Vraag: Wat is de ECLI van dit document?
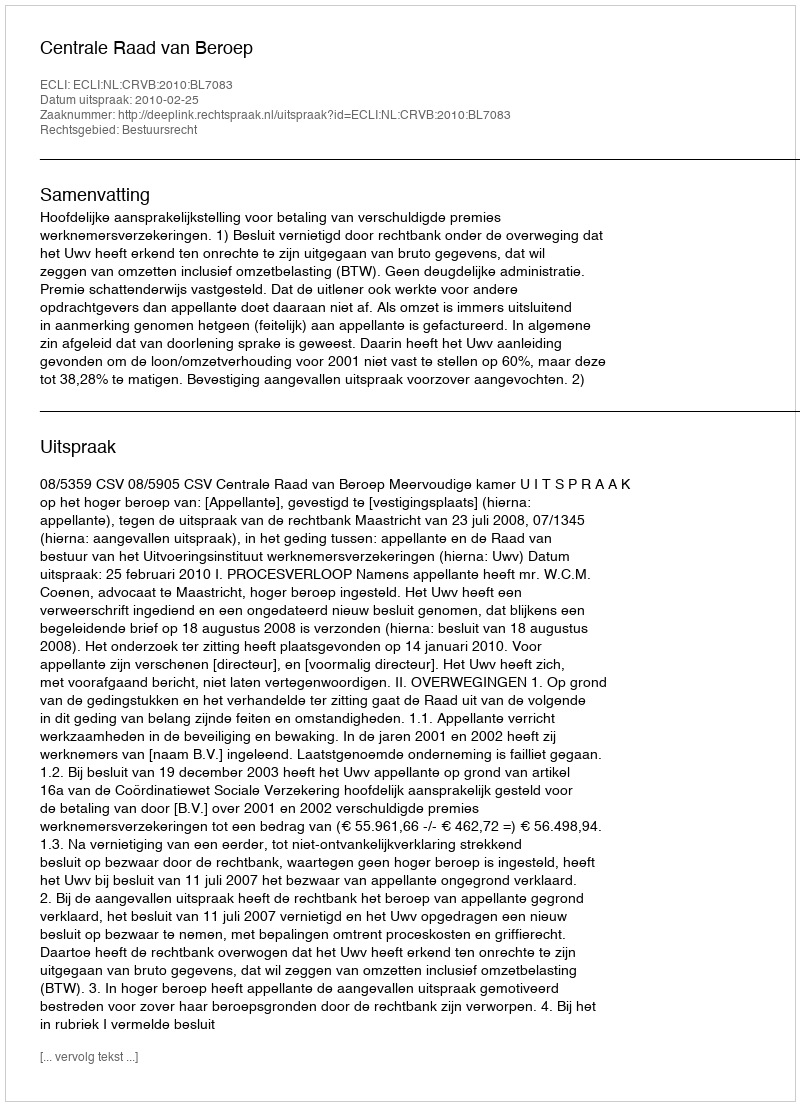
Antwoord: ECLI:NL:CRVB:2010:BL7083